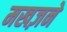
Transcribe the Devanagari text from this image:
मखज़ने